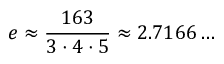
e \approx { \frac { 1 6 3 } { 3 \cdot 4 \cdot 5 } } \approx 2 . 7 1 6 6 \dots